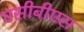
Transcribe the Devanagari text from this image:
एसीबीएस